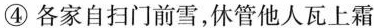
④各家自扫门前雪，休管他人瓦上霜